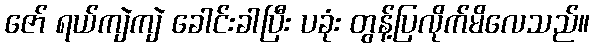
ဇော် ရယ်ကျဲကျဲ ခေါင်းခါပြီး ပခုံး တွန့်ပြလိုက်မိလေသည်။